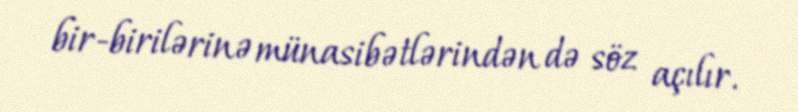
bir-birilərinə münasibətlərindən də söz açılır.